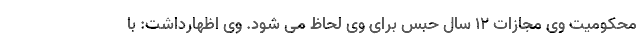
محکومیت وی مجازات ١٢ سال حبس برای وی لحاظ می شود. وی اظهارداشت: با